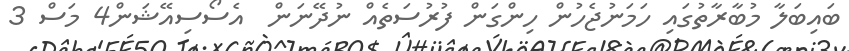
ބައިބަލާ މުބާރާތުގައި ހަމަނުޖެހުން ހިންގަން ފުރުސަތެއް ނުދޭނަން  އެސޯސިއޭޝަން4 މަސް 3